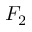
F _ { 2 }